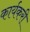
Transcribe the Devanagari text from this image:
कार्यकरी